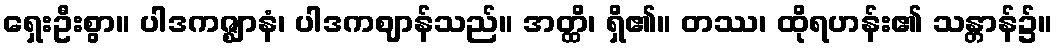
ရှေးဦးစွာ။ ပါဒကဇ္ဈာနံ၊ ပါဒကဈာန်သည်။ အတ္ထိ၊ ရှိ၏။ တဿ၊ ထိုရဟန်း၏ သန္တာန်၌။